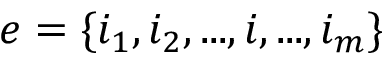
e = \{ i _ { 1 } , i _ { 2 } , . . . , i , . . . , i _ { m } \}